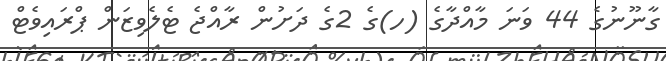
ގާނޫނުގެ 44 ވަނަ މާއްދާގެ (ހ)ގެ 2ގެ ދަށުން ރާއްޖެ ޓެލެވިޒަން ޕްރައިވެޓް